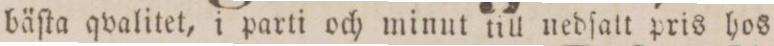
bäſta qvalitet, i parti och minut till nedſatt pris hos